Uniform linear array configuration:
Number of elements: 16
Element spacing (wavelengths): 0.75
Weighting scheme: cosine
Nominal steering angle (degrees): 60
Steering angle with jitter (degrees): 58.743
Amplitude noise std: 0.05
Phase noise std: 0.05

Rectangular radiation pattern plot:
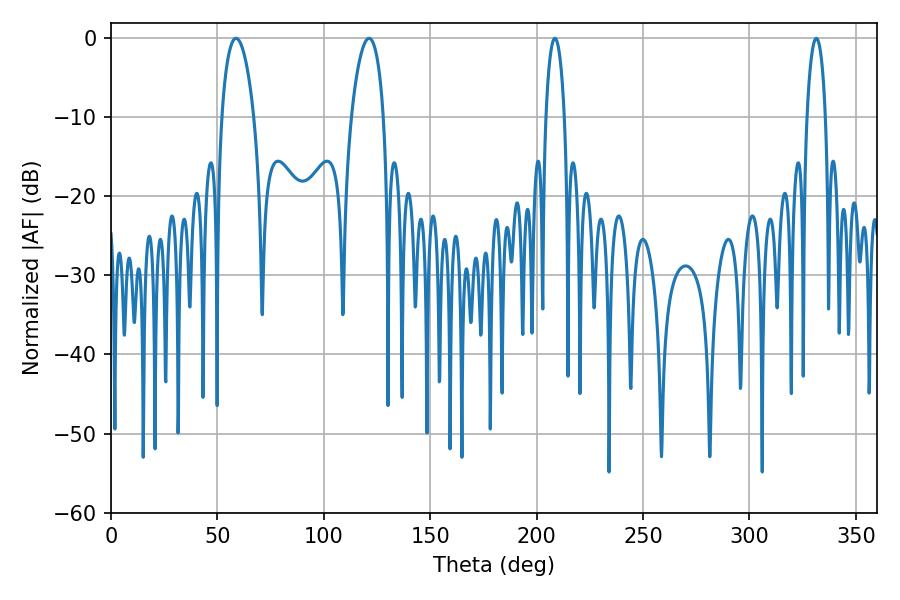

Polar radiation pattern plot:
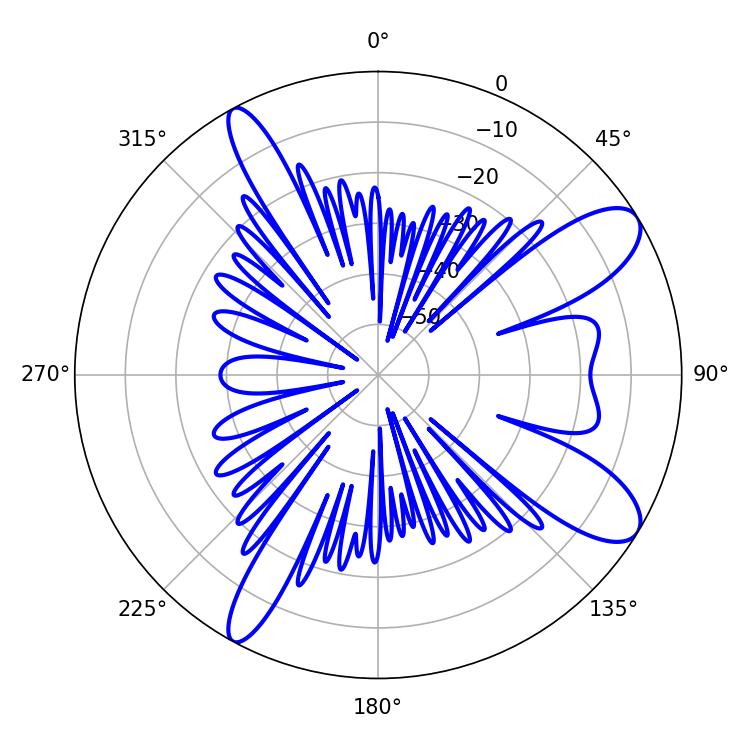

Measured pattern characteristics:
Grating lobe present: TRUE
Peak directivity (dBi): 10.168
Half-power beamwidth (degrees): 5.04
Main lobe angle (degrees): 208.62